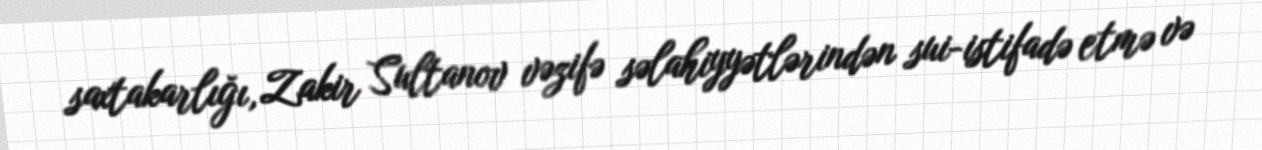
saxtakarlığı, Zakir Sultanov vəzifə səlahiyyətlərindən sui-istifadə etmə və